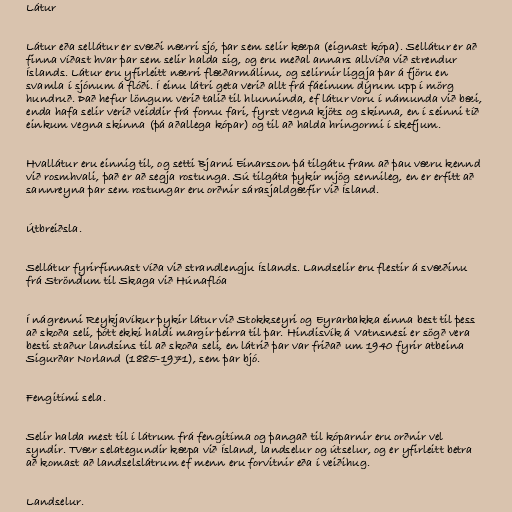
Látur

Látur eða sellátur er svæði nærri sjó, þar sem selir kæpa (eignast kópa). Sellátur er að
finna víðast hvar þar sem selir halda sig, og eru meðal annars allvíða við strendur
Íslands. Látur eru yfirleitt nærri flæðarmálinu, og selirnir liggja þar á fjöru en
svamla í sjónum á flóði. Í einu látri geta verið allt frá fáeinum dýrum upp í mörg
hundruð. Það hefur löngum verið talið til hlunninda, ef látur voru í námunda við bæi,
enda hafa selir verið veiddir frá fornu fari, fyrst vegna kjöts og skinna, en í seinni tíð
einkum vegna skinna (þá aðallega kópar) og til að halda hringormi í skefjum.

Hvallátur eru einnig til, og setti Bjarni Einarsson þá tilgátu fram að þau væru kennd
við rosmhvali, það er að segja rostunga. Sú tilgáta þykir mjög sennileg, en er erfitt að
sannreyna þar sem rostungar eru orðnir sárasjaldgæfir við Ísland.

Útbreiðsla.

Sellátur fyrirfinnast víða við strandlengju Íslands. Landselir eru flestir á svæðinu
frá Ströndum til Skaga við Húnaflóa

Í nágrenni Reykjavíkur þykir látur við Stokkseyri og Eyrarbakka einna best til þess
að skoða seli, þótt ekki haldi margir þeirra til þar. Hindisvík á Vatnsnesi er sögð vera
besti staður landsins til að skoða seli, en látrið þar var friðað um 1940 fyrir atbeina
Sigurðar Norland (1885-1971), sem þar bjó.

Fengitími sela.

Selir halda mest til í látrum frá fengitíma og þangað til kóparnir eru orðnir vel
syndir. Tvær selategundir kæpa við Ísland, landselur og útselur, og er yfirleitt betra
að komast að landselslátrum ef menn eru forvitnir eða í veiðihug.

Landselur.